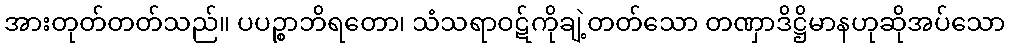
အားတုတ်တတ်သည်။ ပပဉ္စာဘိရတော၊ သံသရာဝဋ်ကိုချဲ့တတ်သော တဏှာဒိဋ္ဌိမာနဟုဆိုအပ်သော